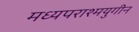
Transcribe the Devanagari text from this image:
मध्यपराश्मयुगीन